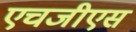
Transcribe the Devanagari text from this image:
एचजीएस